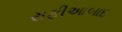
રાફીઆબાદ